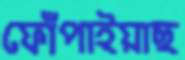
ফোঁপাইয়াছ